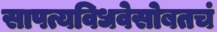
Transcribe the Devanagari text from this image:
सापत्यविधवेसोबतचं